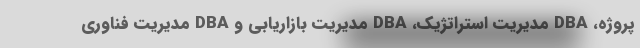
پروژه، DBA مدیریت استراتژیک، DBA مدیریت بازاریابی و DBA مدیریت فناوری